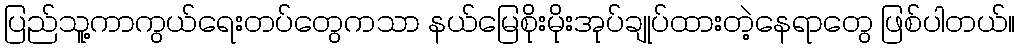
ပြည်သူ့ကာကွယ်ရေးတပ်တွေကသာ နယ်မြေစိုးမိုးအုပ်ချုပ်ထားတဲ့နေရာတွေ ဖြစ်ပါတယ်။